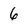
Character: 6